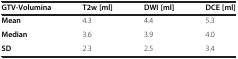
| GTV-Volumina | T2w [ml] | DWI [ml] | DCE [ml] |
 | --- | --- | --- | --- |
 | Mean | 4.3 | 4.4 | 5.3 |
 | Median | 3.6 | 3.9 | 4.0 |
 | SD | 2.3 | 2.5 | 3.4 |